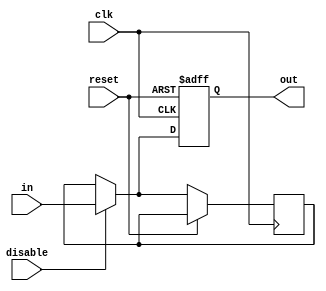
module Disable #(
    parameter WIDTH = 8,          // Width of the input/output data
    parameter RESET_VALUE = 0     // Value to drive output when disabled
)(
    input wire clk,               // Clock signal
    input wire reset,             // Asynchronous reset signal
    input wire disable,           // Control signal for enabling/disabling the block
    input wire [WIDTH-1:0] in,    // Input data
    output reg [WIDTH-1:0] out    // Output data
);

    // Internal register to hold the output value
    reg [WIDTH-1:0] prev_out;

    always @(posedge clk or posedge reset) begin
        if (reset) begin
            out <= RESET_VALUE;     // Reset output to predefined value
        end else if (disable) begin
            out <= in;              // Pass input through when enabled
            prev_out <= in;         // Store the current input as previous output
        end else begin
            // Inactive state behavior
            out <= prev_out;        // Hold the previous output value
        end
    end

endmodule